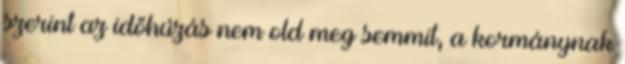
szerint az időhúzás nem old meg semmit, a kormánynak